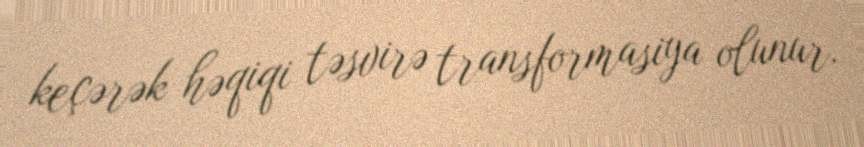
keçərək həqiqi təsvirə transformasiya olunur.